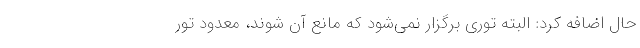
حال اضافه کرد: البته توری برگزار نمی‌شود که مانع آن شوند، معدود تور